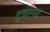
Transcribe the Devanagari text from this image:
ट्वेल्व्स